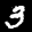
Label: 3